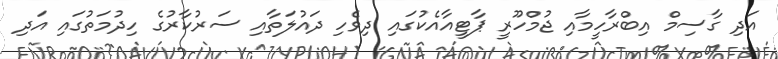
އަދި ގާސިމް އިބްރާހީމާއި ޖުމްހޫރީ ޕާޓީއާއެކުގައި ދިވެހި ދައުލަތާއި ސަރުކާރުގެ ހިދުމަތުގައި އަދި